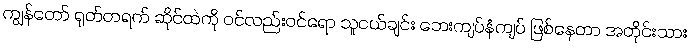
ကျွန်တော် ရုတ်တရက် ဆိုင်ထဲကို ဝင်လည်းဝင်ရော သူငယ်ချင်း ဘေးကျပ်နံကျပ် ဖြစ်နေတာ အတိုင်းသား